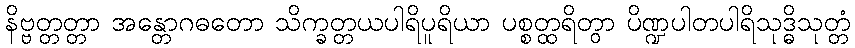
နိဗ္ဗတ္တတ္တာ အန္တောဂဓတော သိက္ခတ္တယပါရိပူရိယာ ပစ္စတ္ထရိတွာ ပိဏ္ဍပါတပါရိသုဒ္ဓိသုတ္တံ